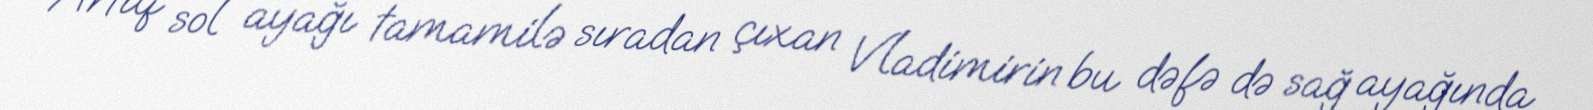
Artıq sol ayağı tamamilə sıradan çıxan Vladimirin bu dəfə də sağ ayağında